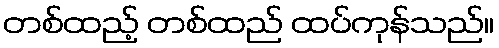
တစ်ထည့် တစ်ထည် ထပ်ကုန်သည်။